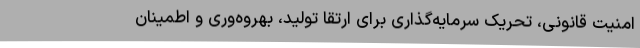
امنیت قانونی، تحریک سرمایه‌گذاری برای ارتقا تولید، بهروه‌وری و اطمینان